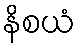
နိစယံ